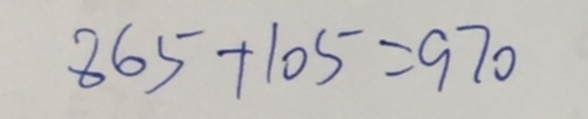
8 6 5 + 1 0 5 = 9 7 0